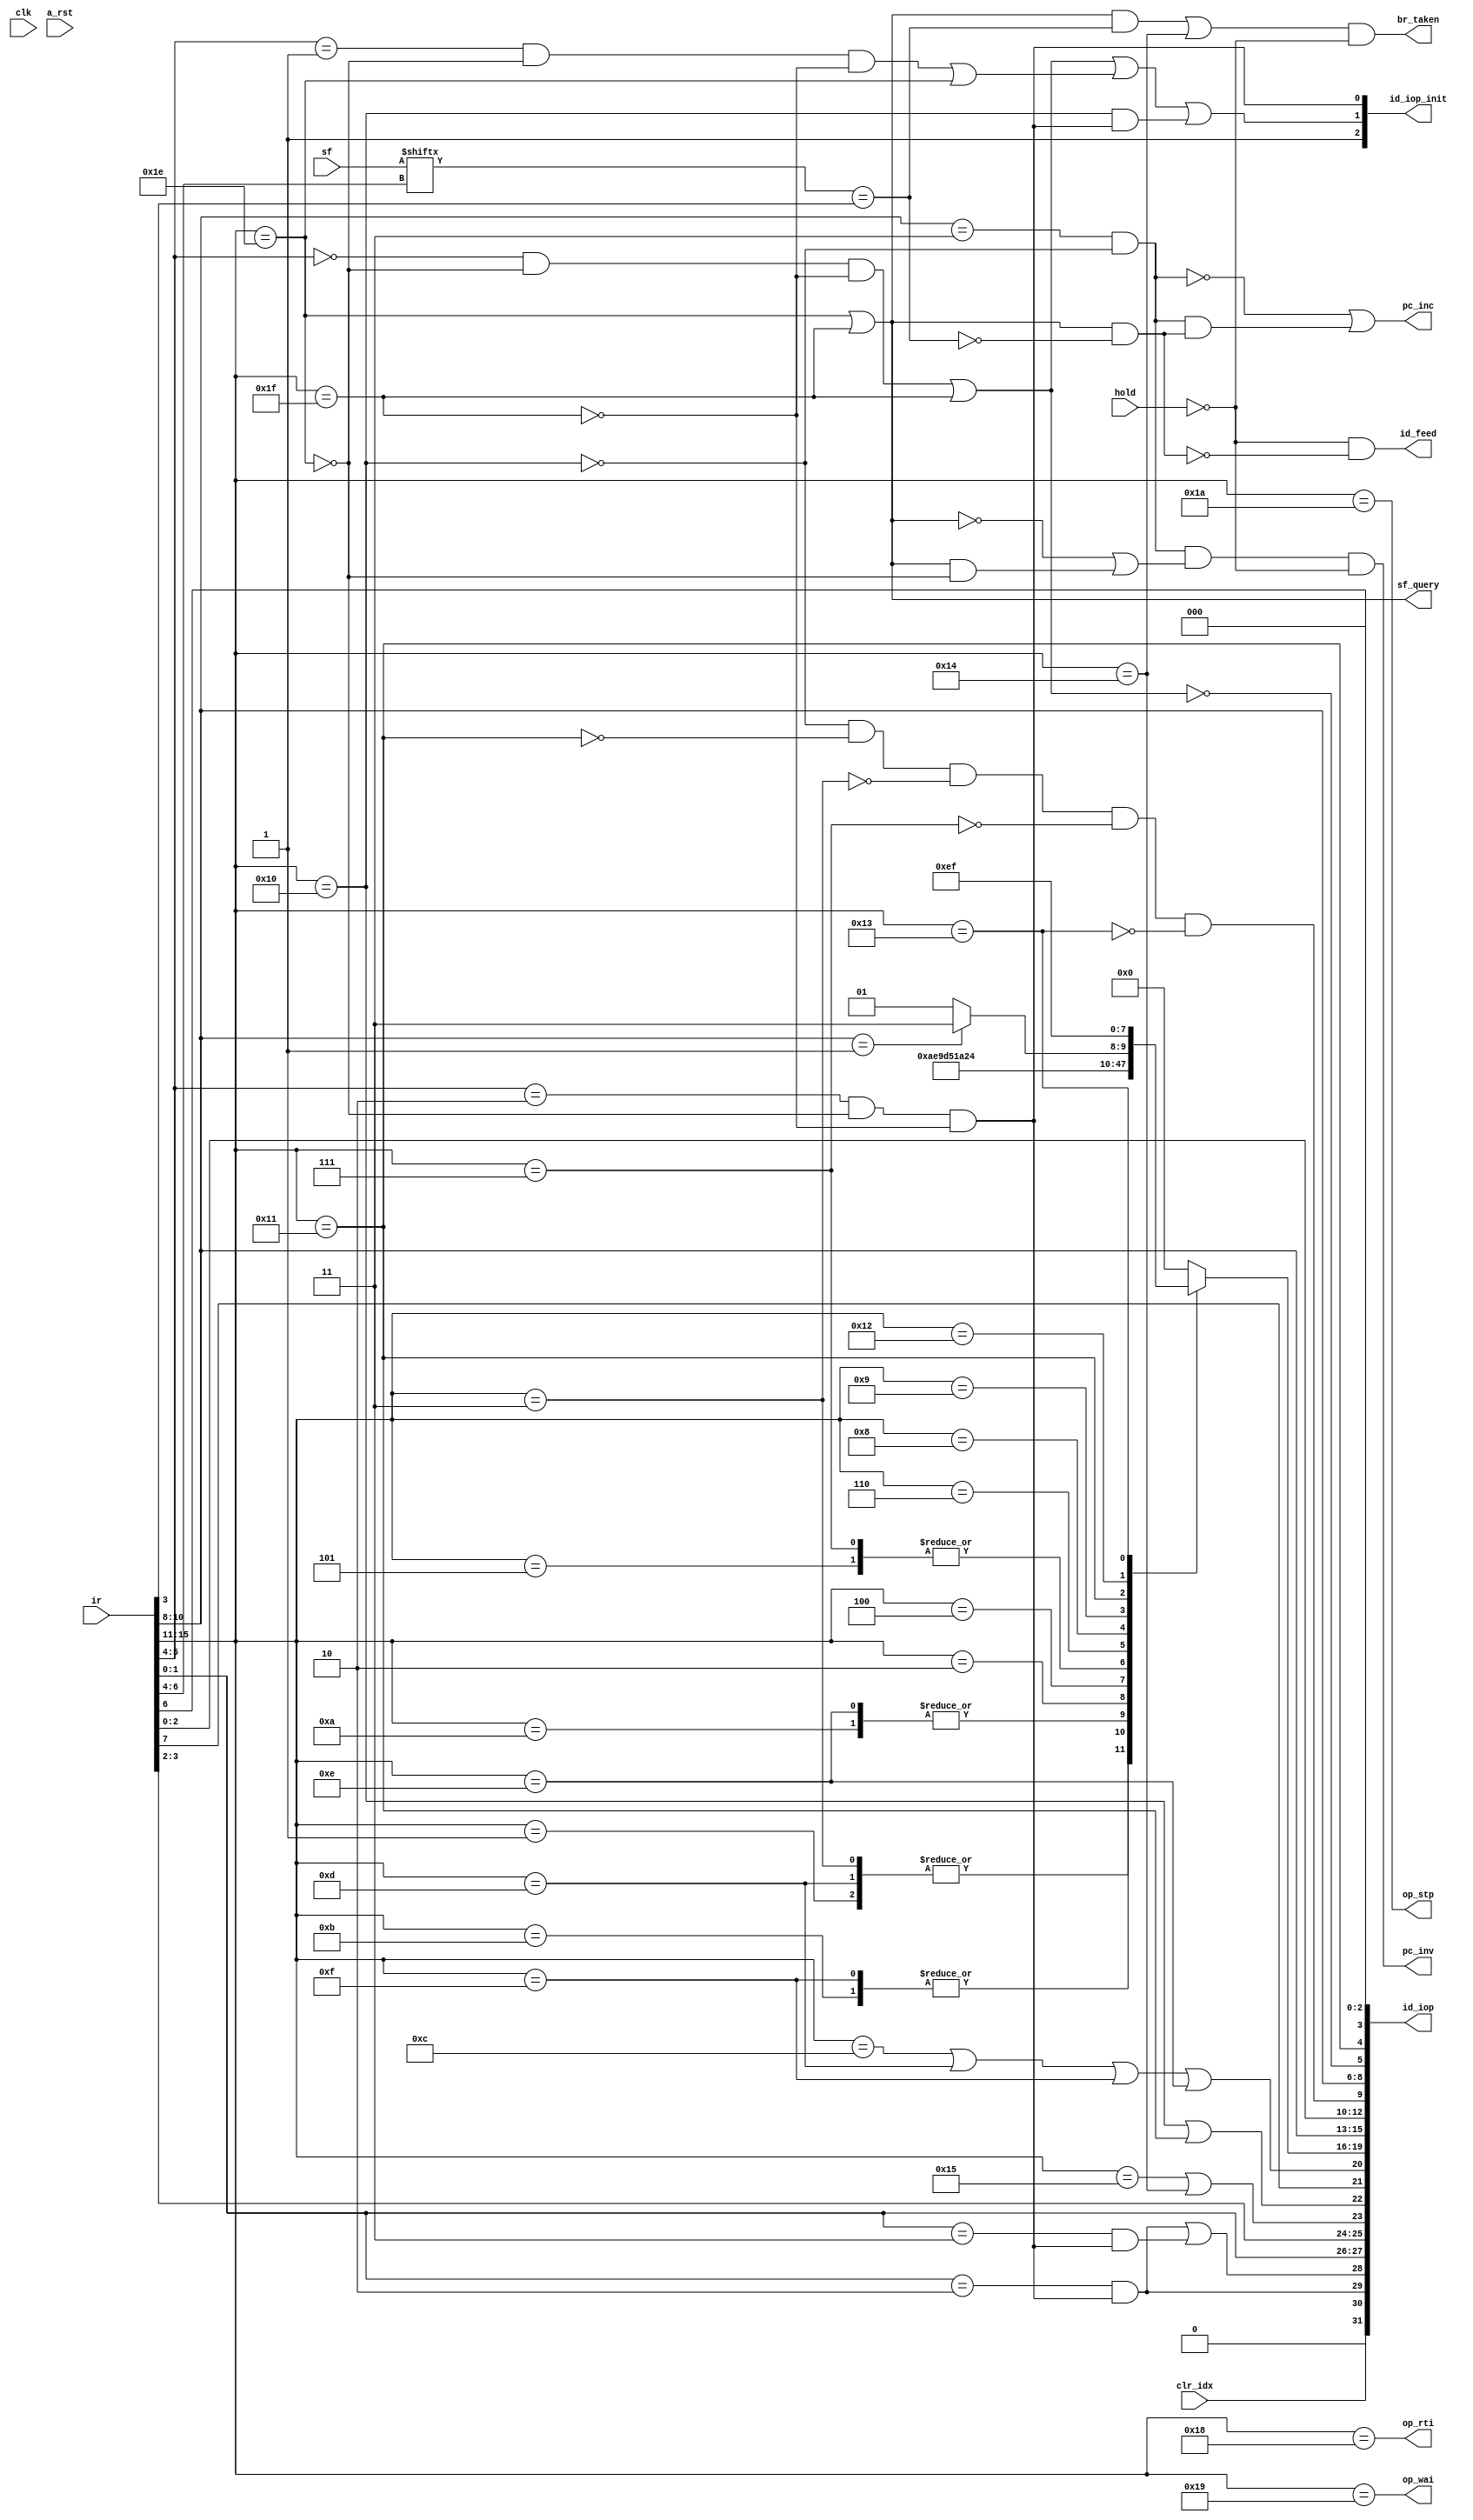
module decode_unit(
    input   wire        clk,
    input   wire        a_rst,
    
    // cpu status control
    input   wire        hold,  // hold instruction feeding
    input   wire        clr_idx,
    output  wire        sf_query,
    output  wire        op_rti,
    output  wire        op_stp,
    output  wire        op_wai,
    
    // instruction fetch
    input   wire[15:0]  ir,
    output  wire        br_taken,
    output  wire        pc_inv,
    output  wire        pc_inc,
    
    // alu
    input   wire[7:0]   sf,
    
    // scheduling queue
    output  wire        id_feed,
    output  wire[31:0]  id_iop,
    output  wire[2:0]   id_iop_init
);
parameter ADD_OP = 5'b00000;
parameter SUB_OP = 5'b00001;
parameter LDA_OP = 5'b00010;
parameter CMP_OP = 5'b00011;
parameter ORA_OP = 5'b00100;
parameter AND_OP = 5'b00101;
parameter EOR_OP = 5'b00110;
parameter TST_OP = 5'b00111;
parameter EXT_OP = 5'b01000;
parameter BSW_OP = 5'b01001;
parameter LSR_OP = 5'b01010;
parameter ASL_OP = 5'b01011;
parameter ADC_OP = 5'b01100;
parameter SBC_OP = 5'b01101;
parameter ROR_OP = 5'b01110;
parameter ROL_OP = 5'b01111;
parameter STA_OP = 5'b10000;
parameter RMW_OP = 5'b10001;
parameter LDF_OP = 5'b10010;
parameter STF_OP = 5'b10011;
parameter CAI_OP = 5'b11110;
parameter CAR_OP = 5'b11111;

parameter UNARY_INC = 3'b000;
parameter UNARY_DEP = 3'b001;

wire is_add = ir[15:11] == ADD_OP;
wire is_sub = ir[15:11] == SUB_OP;
wire is_lda = ir[15:11] == LDA_OP;
wire is_cmp = ir[15:11] == CMP_OP;
wire is_ora = ir[15:11] == ORA_OP;
wire is_and = ir[15:11] == AND_OP;
wire is_eor = ir[15:11] == EOR_OP;
wire is_tst = ir[15:11] == TST_OP;
wire is_ext = ir[15:11] == EXT_OP;
wire is_bsw = ir[15:11] == BSW_OP;
wire is_lsr = ir[15:11] == LSR_OP;
wire is_asl = ir[15:11] == ASL_OP;
wire is_adc = ir[15:11] == ADC_OP;
wire is_sbc = ir[15:11] == SBC_OP;
wire is_rol = ir[15:11] == ROL_OP;
wire is_ror = ir[15:11] == ROR_OP;
wire is_ldf = ir[15:11] == LDF_OP;
wire is_stf = ir[15:11] == STF_OP;

wire is_sta = ir[15:11] == STA_OP;
wire is_rmw = ir[15:11] == RMW_OP;
wire is_inc = ir[10:8] == UNARY_INC;
wire is_dep = ir[10:8] == UNARY_DEP;

wire is_bsr = ir[15:11] == 5'b10100;
wire is_jsr = ir[15:11] == 5'b10101;

wire is_brk = ir[15:11] == 5'b10110;
wire is_rti = ir[15:11] == 5'b11000;
wire is_wai = ir[15:11] == 5'b11001;
wire is_stp = ir[15:11] == 5'b11010;

wire is_addcc_imm = ir[15:11] == 5'b11110;
wire is_addcc_reg = ir[15:11] == 5'b11111;
wire[2:0] cc_flags = ir[6:4];

reg[3:0] alu_bits_last_step;

wire save_flags = ir[7];

wire is_reg = (ir[5:4] == 2'b00 & ~is_addcc_imm & ~is_addcc_reg) | is_addcc_reg;
wire is_imm = (ir[5:4] == 2'b01 & ~is_addcc_imm & ~is_addcc_reg) | is_addcc_imm;
wire is_idx = ir[5:4] == 2'b10 & ~is_addcc_imm & ~is_addcc_reg;
wire is_ixy = ir[5:4] == 2'b11 & ~is_addcc_imm & ~is_addcc_reg;
wire is_push = (ir[1:0] == 2'b10) & is_idx; // @A - k16 -> A ; B -> [@A + k16] ; [post decrement, k16 = num]
wire is_pop = (ir[1:0] == 2'b11) & is_idx; // [@A + k16] -> T, @A + k16 -> @A; T -> @D; [pre increment, k16 = num]

wire is_flag_bit_set = ir[3];
wire is_predicated_op = is_addcc_imm | is_addcc_reg;
wire is_taken_pred = ( sf[cc_flags] == is_flag_bit_set );
wire skip_op = is_predicated_op & ~is_taken_pred;

always @(*) begin
    case(ir[15:11])
    ADD_OP,
    ADC_OP,
    CAI_OP,
    CAR_OP: alu_bits_last_step = 4'b0000;
    SUB_OP,
    CMP_OP,
    SBC_OP: alu_bits_last_step = 4'b0010;
    ROL_OP,
    ASL_OP: alu_bits_last_step = 4'b1011;
    ROR_OP,
    LSR_OP: alu_bits_last_step = 4'b1010;
    LDA_OP: alu_bits_last_step = 4'b0111;
    ORA_OP: alu_bits_last_step = 4'b0101;
    AND_OP,
    TST_OP: alu_bits_last_step = 4'b0100;
    EOR_OP: alu_bits_last_step = 4'b0110;
    EXT_OP: alu_bits_last_step = 4'b1000;
    BSW_OP: alu_bits_last_step = 4'b1001;
    RMW_OP: alu_bits_last_step = is_dep ? 4'b0011 : 4'b0001;
    LDF_OP: alu_bits_last_step = 4'b1110;
    STF_OP: alu_bits_last_step = 4'b1111;
    default: alu_bits_last_step = 4'b0000;
    endcase
end

wire[2:0] field_reg_0 = ir[10:8];
wire[2:0] field_reg_1 = ir[2:0];
wire[1:0] field_reg_2 = ir[3:2];
wire[1:0] field_reg_3 = ir[1:0];

wire width_bit = ir[6];

assign op_rti = is_rti;
assign op_stp = is_stp;
assign op_wai = is_wai;

wire is_pc_dest = ( field_reg_0 == 3'b011 ) & ~is_sta;

assign br_taken = ( is_predicated_op & is_taken_pred | is_bsr ) & ~hold;
assign pc_inc = ~is_pc_dest | is_pc_dest & skip_op;
assign pc_inv = is_pc_dest & ( ~is_predicated_op | is_predicated_op & ~is_addcc_imm ) & ~hold;

assign sf_query = is_predicated_op;

/**
 * Internal OPeration fields:
 *
 * 30: agu_mask_index       (AGU step)
 * 29: agu_send_index       (AGU step)
 * 28: agu_write_back       (AGU step)
 * 27: agu_index_1_1        (AGU step)
 * 26: agu_index_1_0        (AGU step)
 * 25: agu_index_0_1        (AGU step)
 * 24: agu_index_0_0        (AGU step)
 * -----------------------------------
 * 23: alu_is_jsr           (ALU step)
 * 22: alu_st_mem           (ALU step)
 * 21: alu_save_flags       (ALU step)
 * 20: alu_carry_mask       (ALU step)
 * 19: alu_fn_3             (ALU step)
 * 18: alu_fn_2             (ALU step)
 * 17: alu_fn_1             (ALU step)
 * 16: alu_fn_0             (ALU step)
 * 15: alu_a_2              (ALU step)
 * 14: alu_a_1              (ALU step)
 * 13: alu_a_0              (ALU step)
 * 12: alu_b_2              (ALU step)
 * 11: alu_b_1              (ALU step)
 * 10: alu_b_0              (ALU step)
 * 09: alu_d_3              (ALU step)
 * 08: alu_d_2              (ALU step)
 * 07: alu_d_1              (ALU step)
 * 06: alu_d_0              (ALU step)
 * 05: alu_k                (ALU step)
 * -----------------------------------
 * 04: mem_is_rmw           (STORE step)
 * 03: mem_width            (LOAD/STORE step)
 * 02: reserved
 * 01: reserved
 * 00: reserved
 * -----------------------------------
 */
 
assign id_iop = {
    1'b0,
    // agu
    clr_idx,
    is_push,
    is_push | is_pop,
    field_reg_3,
    field_reg_2,
    // alu
    is_jsr | is_bsr,
    is_sta | is_rmw,
    save_flags,
    is_adc | is_sbc | is_rol | is_ror,
    alu_bits_last_step,
    field_reg_0,
    field_reg_1,
    ~is_sta & ~is_rmw & ~is_cmp & ~is_tst & ~is_stf,
    field_reg_0,
    ~is_reg,
    // mem
    is_rmw,
    width_bit,
    3'b0
};

assign id_iop_init = {
    1'b1,
    is_reg | is_imm | (is_sta & is_idx),
    is_idx
};

assign id_feed = ~hold & ~skip_op;

endmodule